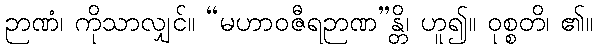
ဉာဏံ၊ ကိုသာလျှင်။ “မဟာဝဇီရဉာဏ”န္တိ၊ ဟူ၍။ ဝုစ္စတိ၊ ၏။